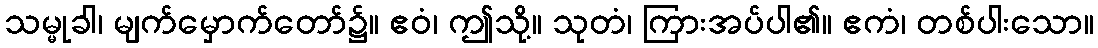
သမ္မုခါ၊ မျက်မှောက်တော်၌။ ဧဝံ၊ ဤသို့။ သုတံ၊ ကြားအပ်ပါ၏။ ဧကံ၊ တစ်ပါးသော။